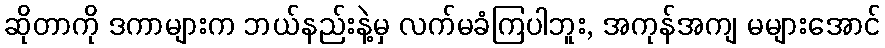
ဆိုတာကို ဒကာများက ဘယ်နည်းနဲ့မှ လက်မခံကြပါဘူး, အကုန်အကျ မများအောင်